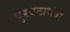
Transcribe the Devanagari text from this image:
पुरवठामंत्री